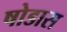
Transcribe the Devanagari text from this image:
षोडास